system: You are a helpful assistant.
user:
Analyze the provided spectrum to determine if it is a **Carbon Star (C-type)**.

- **Key Visual Indicators of Carbon Star:**
    - **(Primary):** Strong molecular absorption from **C₂ (diatomic carbon) "Swan Bands."** This is the **defining feature** of a carbon star.
        - **(Key Bandheads):** Sharp absorption edges are visible at approximately $5635$ Å, $5165$ Å (the strongest band), and $4737$ Å.
        - **(Line Profile):** Creates a distinct **"saw-tooth"** pattern. The key morphology is a sharp, steep bandhead on the **red (long-wavelength) side**, which then gradually tapers off (i.e., flux recovers) towards the **blue (short-wavelength) side**. *(This is the direct opposite of the TiO bands seen in M-type stars)*.

    - **(Secondary):** Intense **CN (cyanogen)** molecular absorption bands.
        - **(Key Bandheads):** Located in the blue and violet regions of the spectrum (e.g., near $4215$ Å and $3883$ Å).
        - **(Morphology):** These bands are extremely broad and act as a "blanket," absorbing the vast majority of blue and violet light. This creates a characteristic **"cliff"** or **"steep drop-off"** in the spectrum's flux at short wavelengths.

    - **(Key Confirmation):** Strong **CH absorption band (G-band)**.
        - **(Key Bandhead):** Located around $4300$ Å. The contribution from CH molecules to this band is exceptionally strong.

    - **(Overall Spectrum):**
        - The continuum is severely "chopped up" by these deep molecular bands, especially C₂, rather than appearing as a smooth curve.
        - Due to the heavy CN and C₂ absorption in the blue-green, the vast majority of the star's flux is concentrated in the red part of the spectrum, giving the star its characteristic deep red color.

Think first, call **spectral_visualization_tool** if needed to examine features in detail, then provide your final answer. Your response must adhere to the following strict rules:
1.  **Overall Structure:** Your response must follow the format `<think>...</think> <tool_call>...</tool_call> (if a tool is used) <answer>...</answer>`.
2.  **Tool Usage Constraint:** You may only make **one** tool call per turn.
3.  **Final Answer Format:** In the `<answer>` tag, your conclusion must be inside a `\boxed{}` command (e.g., `\boxed{YES}`), followed by your justification.

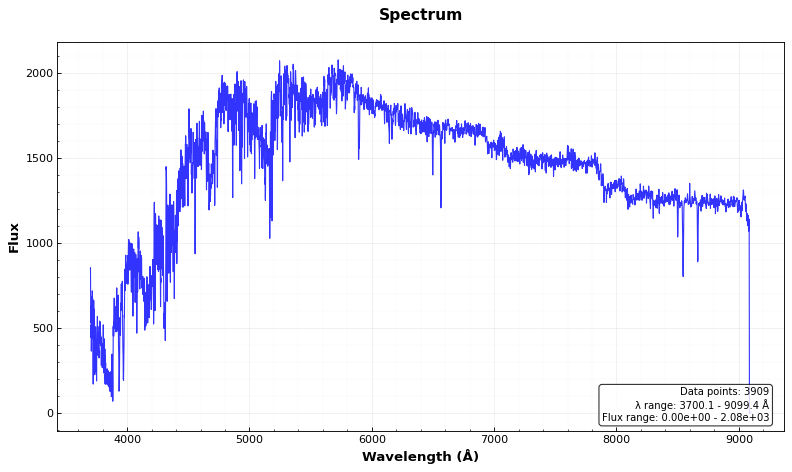
Answer: YES